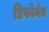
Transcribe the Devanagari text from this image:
डिफोर्मंस